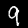
Label: 9